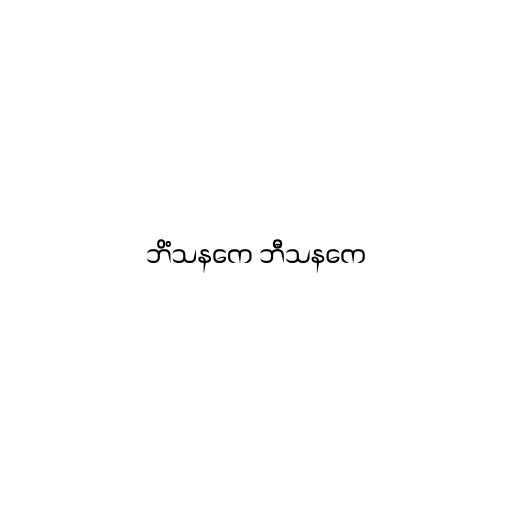
ဘိံသနကေ ဘီသနကေ